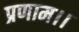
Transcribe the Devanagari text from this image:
प्रणाम।।